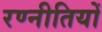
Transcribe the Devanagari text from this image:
रण्नीतियों